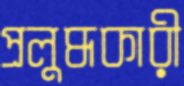
প্রলুব্ধকারী